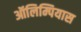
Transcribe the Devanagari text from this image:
ऑलिम्पियास